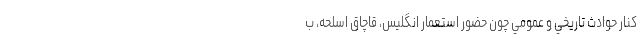
كنار حوادث تاريخي و عمومي چون حضور استعمار انگليس، قاچاق اسلحه، ب